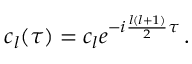
\begin{array} { r } { c _ { l } ( \tau ) = c _ { l } e ^ { - i \frac { l ( l + 1 ) } { 2 } \tau } \, . } \end{array}